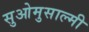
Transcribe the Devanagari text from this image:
सुओमुसाल्मी